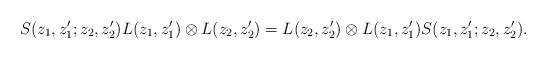
LaTeX: \begin{align*}S(z_1 ,z' _1 ;z_2 ,z_2 ')L(z_1 ,z_1 ')\otimes L(z_2 , z_2' )=L(z_2 , z_2' )\otimes L(z_1 ,z_1 ')S(z_1 ,z' _1 ;z_2 ,z_2 '). \end{align*}